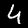
Label: 4